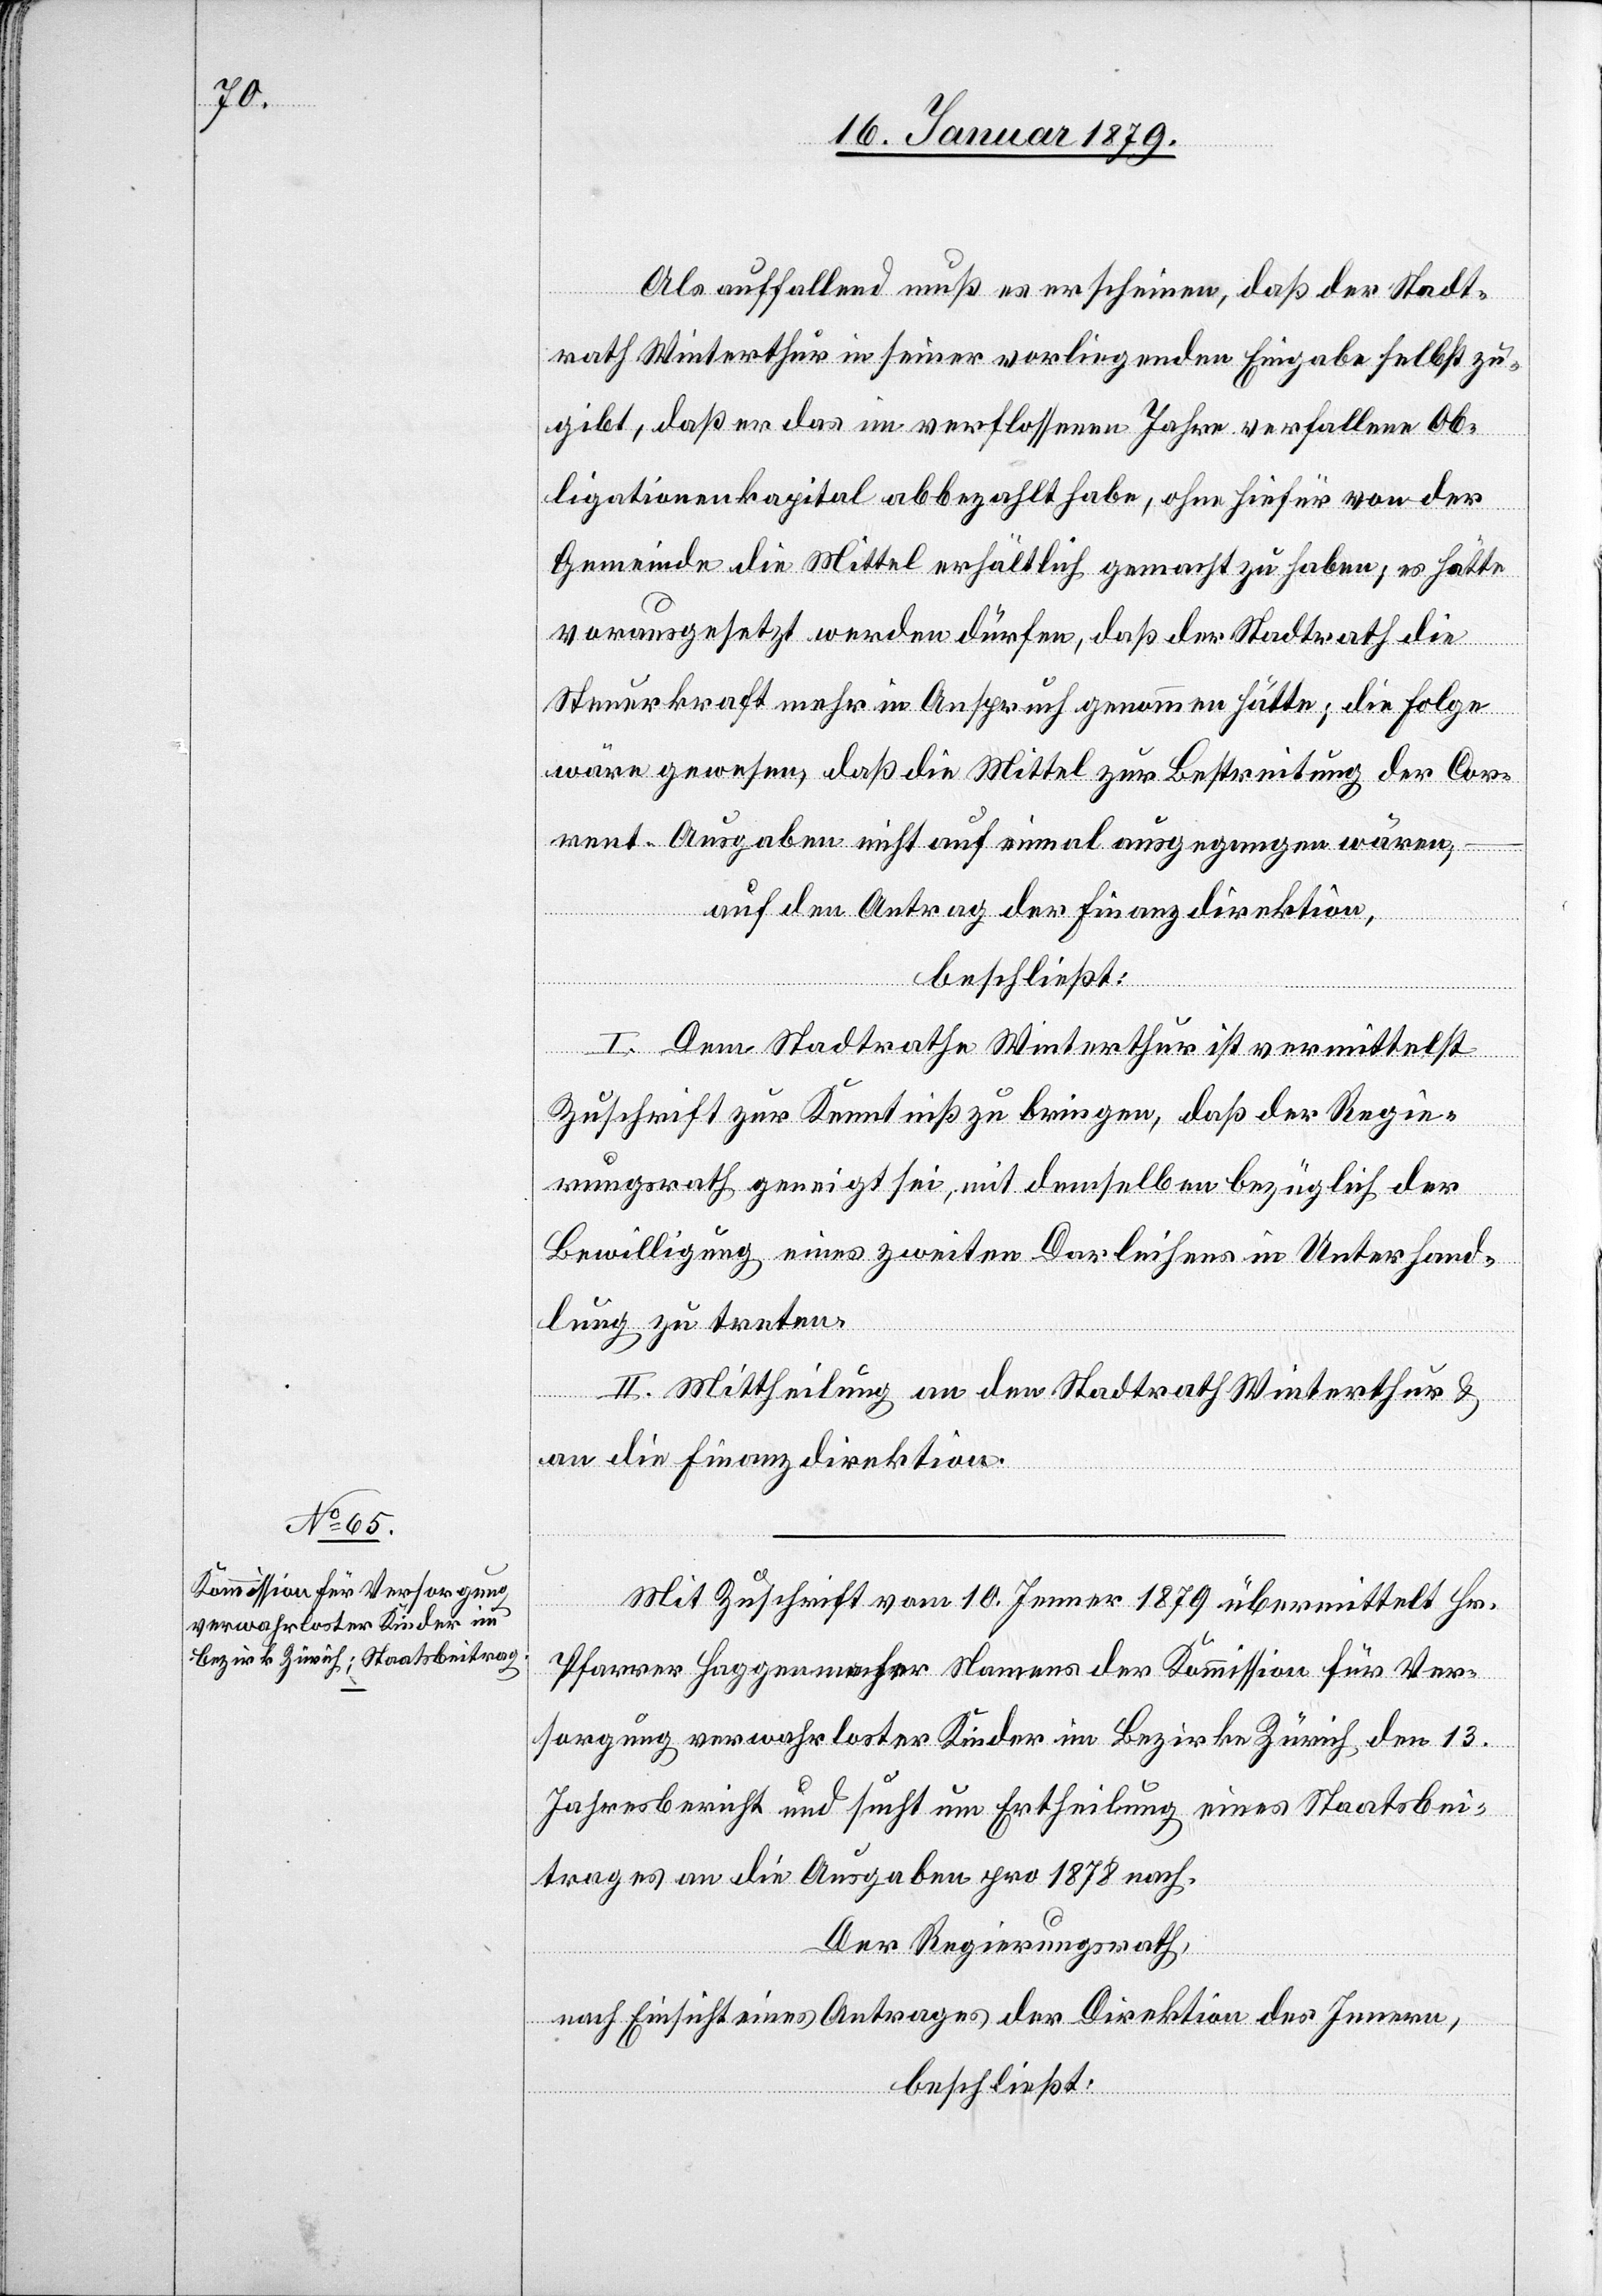
Als auffallend muß es erscheinen, daß der Stadt¬
rath Winterthur in seiner vorliegenden Eingabe selbst zu¬
gibt, daß er das im verflossenen Jahr verfallene Ob¬
ligationenkapital abbezahlt habe, ohne hiefür von der
Gemeinde die Mittel erhältlich gemacht zu haben; es hätte
vorausgesetzt werden dürfen, daß der Stadtrath die
Steuerkraft mehr in Anspruch genommen hätte; die Folge
wäre gewesen, daß die Mittel zu Bestreitung der Cor¬
rent-Ausgaben nicht auf einmal ausgegangen wären,
auf den Antrag der Finanzdirektion,
beschließt:
I. Dem Stadtrathe Winterthur ist vermittelst
Zuschrift zur Kenntniß zu bringen, daß der Regie¬
rungsrath geneigt sei, mit demselben bezüglich der
Bewilligung eines zweiten Darleihens in Unterhand¬
lung zu treten.
II. Mittheilung an den Stadtrath Winterthur &
an die Finanzdirektion.
Mit Zuschrift vom 10. Jenner 1879 übermittelt Hr.
Pfarrer Haggenmacher Namens der Kommission für Ver¬
sorgung verwahrloster Kinder im Bezirk Zürich, den 13.
Jahresbericht und sucht um Ertheilung eines Staatsbei¬
trages an die Ausgaben pro 1878 nach.
Der Regierungsrath,
nach Einsicht eines Antrages der Direktion des Innern,
beschließt: